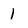
Character: 1